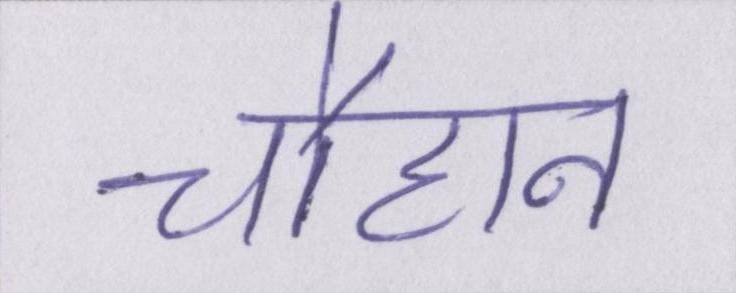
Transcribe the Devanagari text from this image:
चौहान